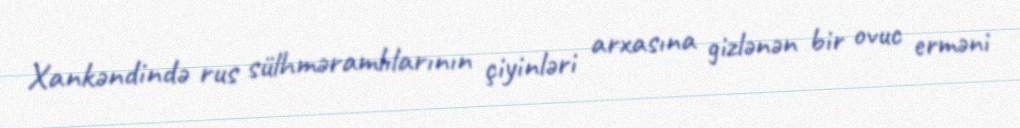
Xankəndində rus sülhməramlılarının çiyinləri arxasına gizlənən bir ovuc erməni